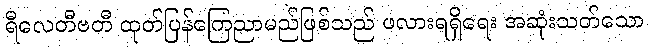
ရီလေတီဗတီ ထုတ်ပြန်ကြေညာမည်ဖြစ်သည် ဖလားရရှိရေး အဆုံးသတ်သော